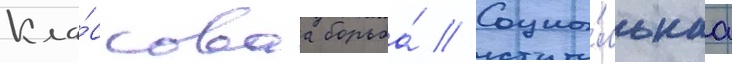
Кла́ссоваа борьба́ // Социа́льнаа